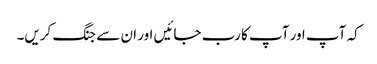
کہ آپ اور آپ کا رب جائیں اور ان سے جنگ کریں۔